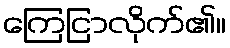
ကြေငြာလိုက်၏။